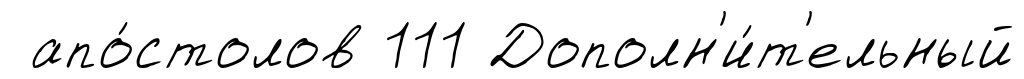
апо́столов 111 Дополн'и́т'ельный